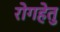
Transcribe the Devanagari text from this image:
रोगहेतु